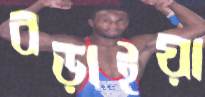
বড়াইয়া